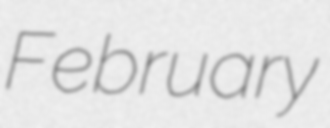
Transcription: February